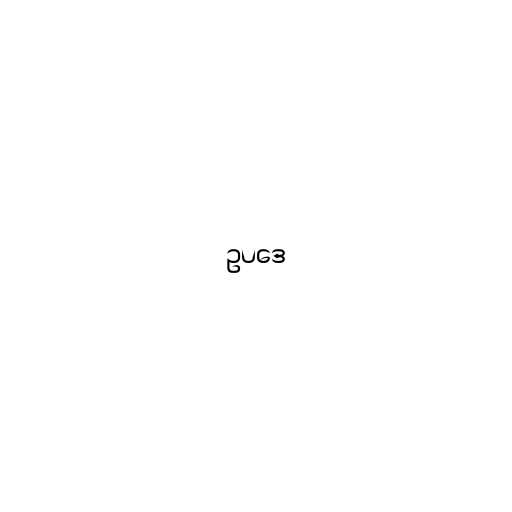
ဥပဒေ